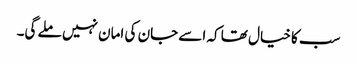
سب کا خیال تھا کہ اسے جان کی امان نہیں ملے گی۔